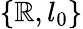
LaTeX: \{ \mathbb{R},l_{0}\}